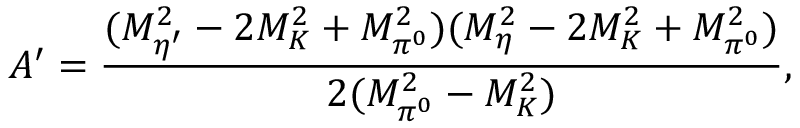
A ^ { \prime } = \frac { ( M _ { \eta ^ { \prime } } ^ { 2 } - 2 M _ { K } ^ { 2 } + M _ { \pi ^ { 0 } } ^ { 2 } ) ( M _ { \eta } ^ { 2 } - 2 M _ { K } ^ { 2 } + M _ { \pi ^ { 0 } } ^ { 2 } ) } { 2 ( M _ { \pi ^ { 0 } } ^ { 2 } - M _ { K } ^ { 2 } ) } ,